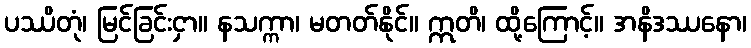
ပဿိတုံ၊ မြင်ခြင်းငှာ။ နသက္ကာ၊ မတတ်နိုင်။ ဣတိ၊ ထို့ကြောင့်။ အနိဒဿနော၊